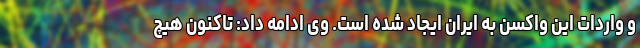
و واردات این واکسن به ایران ایجاد شده است. وی ادامه داد: تاکنون هیچ